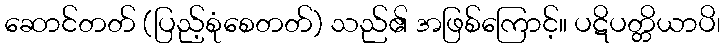
ဆောင်တတ် (ပြည့်စုံစေတတ်) သည်၏ အဖြစ်ကြောင့်။ ပဋိပတ္တိယာပိ၊